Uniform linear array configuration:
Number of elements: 48
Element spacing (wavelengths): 0.5
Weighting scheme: kaiser
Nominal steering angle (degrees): -15
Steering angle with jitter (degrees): -16.304
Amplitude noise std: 0.05
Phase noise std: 0.05

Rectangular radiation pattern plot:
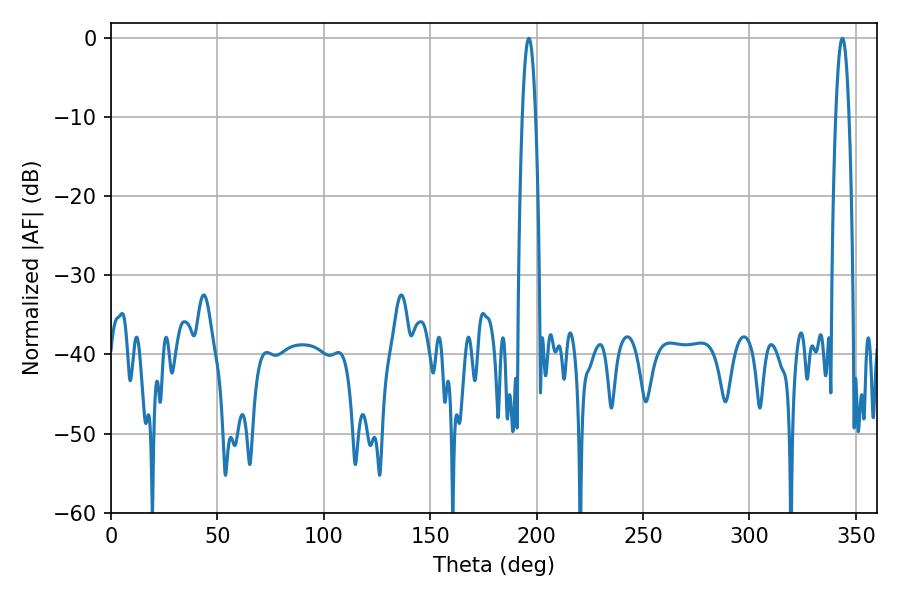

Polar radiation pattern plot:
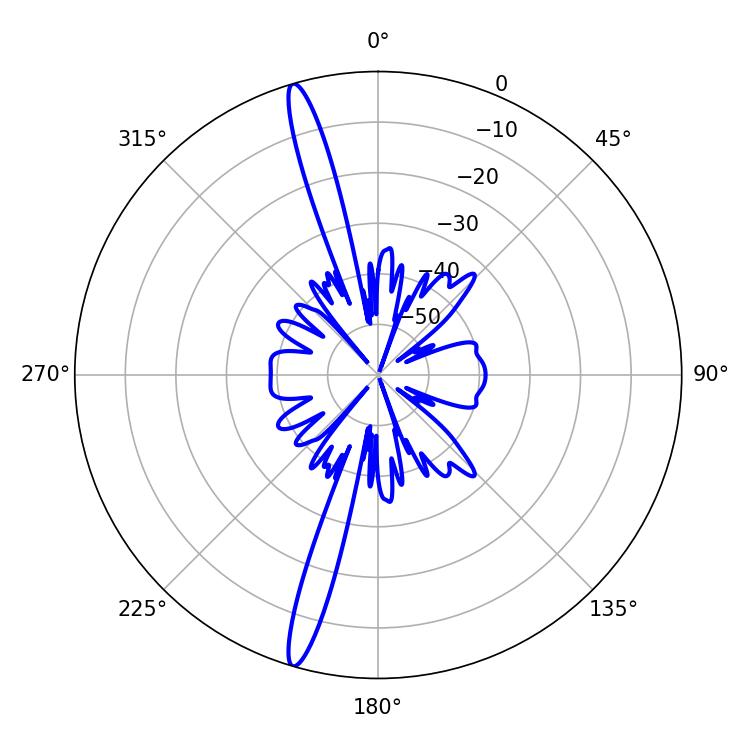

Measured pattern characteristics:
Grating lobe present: FALSE
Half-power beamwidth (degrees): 3.42
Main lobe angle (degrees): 343.62